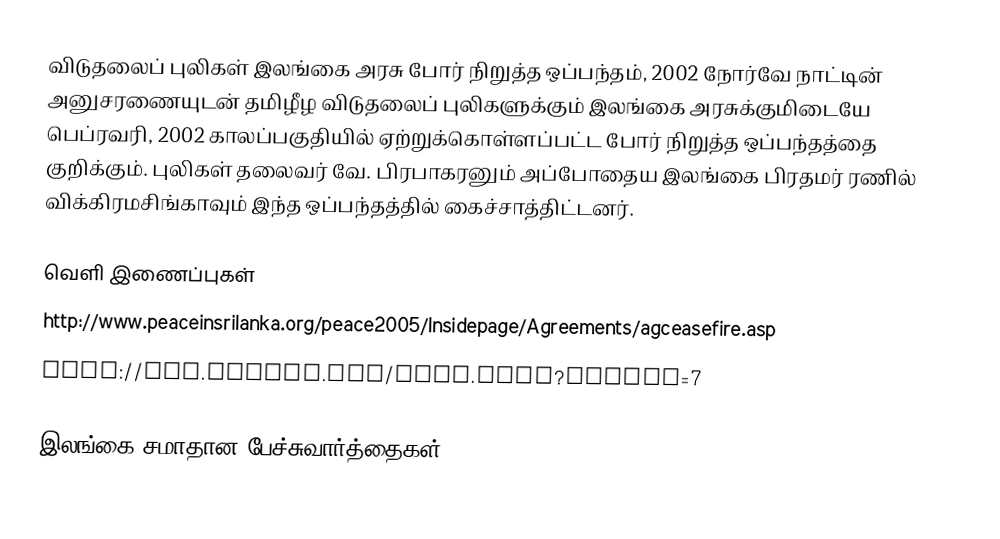
விடுதலைப் புலிகள் இலங்கை அரசு போர் நிறுத்த ஒப்பந்தம், 2002 நோர்வே நாட்டின் அனுசரணையுடன் தமிழீழ விடுதலைப் புலிகளுக்கும் இலங்கை அரசுக்குமிடையே பெப்ரவரி, 2002 காலப்பகுதியில் ஏற்றுக்கொள்ளப்பட்ட போர் நிறுத்த ஒப்பந்தத்தை குறிக்கும்.  புலிகள் தலைவர் வே. பிரபாகரனும் அப்போதைய இலங்கை பிரதமர் ரணில் விக்கிரமசிங்காவும் இந்த ஒப்பந்தத்தில் கைச்சாத்திட்டனர்.

வெளி இணைப்புகள்
 http://www.peaceinsrilanka.org/peace2005/Insidepage/Agreements/agceasefire.asp
 http://www.ltteps.org/list.ltte?folder=7

இலங்கை சமாதான பேச்சுவார்த்தைகள்